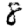
Digit: 8